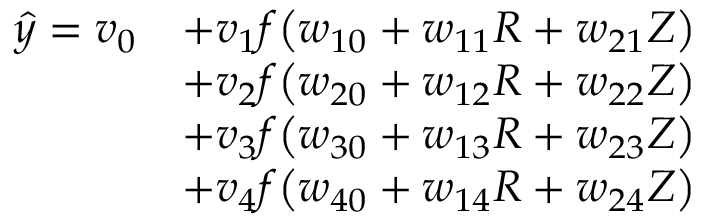
\begin{array} { r l } { \hat { y } = v _ { 0 } } & { + v _ { 1 } f \big ( w _ { 1 0 } + w _ { 1 1 } R + w _ { 2 1 } Z \big ) } \\ & { + v _ { 2 } f \big ( w _ { 2 0 } + w _ { 1 2 } R + w _ { 2 2 } Z \big ) } \\ & { + v _ { 3 } f \big ( w _ { 3 0 } + w _ { 1 3 } R + w _ { 2 3 } Z \big ) } \\ & { + v _ { 4 } f \big ( w _ { 4 0 } + w _ { 1 4 } R + w _ { 2 4 } Z \big ) } \end{array}